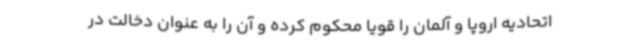
اتحادیه اروپا و آلمان را قویا محکوم کرده و آن را به عنوان دخالت در